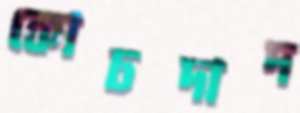
কোচদাদ